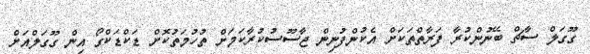
ގޫގަލް ސާޗް ބޭނުންކުރާ ފަރާތްތަކަށް އެކުންފުނިން ޖާސޫސުކުރާކަމަށް ތުހުމަތުކޮށް ޑަކްޑަކްގޯ އިން ގޫގަލްއަށް